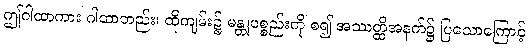
ဤဂါထာကား ဂါထာတည်း၊ ထိုကျမ်း၌ မန္တုပစ္စည်းကို စ၍ အဿတ္ထိအနက်၌ ပြသောကြောင့်